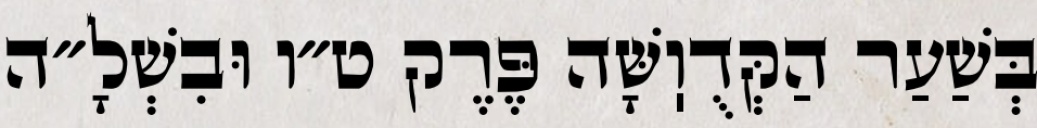
בְּשַׁעַר הַקְּדֻוֽשָּׁה פֶּרֶק ט״ו וּבִשְׁלָ״ה